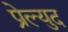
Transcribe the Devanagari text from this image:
प्रेल्युद